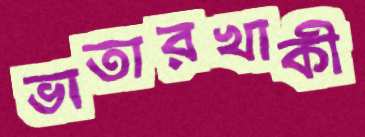
ভাতারখাকী